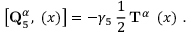
\left[ { \bf Q } _ { 5 } ^ { \alpha } , { \bf \Psi } ( x ) \right] = - \gamma _ { 5 } \, \frac 1 2 \, { \bf T } ^ { \alpha } \, { \bf \Psi } ( x ) \, \, .